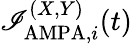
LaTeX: \mathscr{I}_{\mathrm{{AMPA}},i}^{(X,Y)}(t)